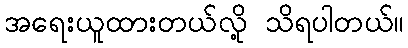
အရေးယူထားတယ်လို့ သိရပါတယ်။